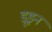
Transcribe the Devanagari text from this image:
डूइन